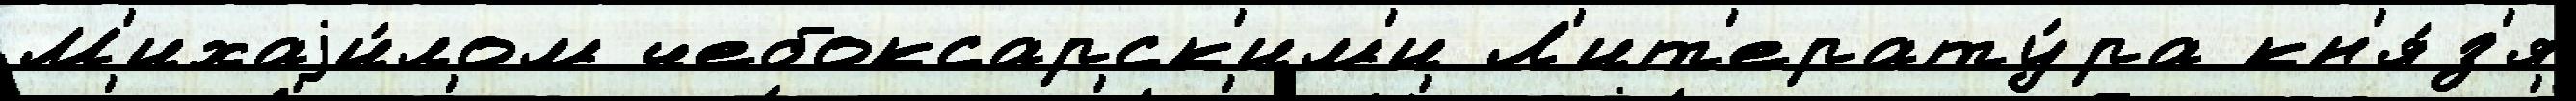
М'ихаjи́лом чебоксарск'им'и Л'ит'ерату́ра кн'я́з'я